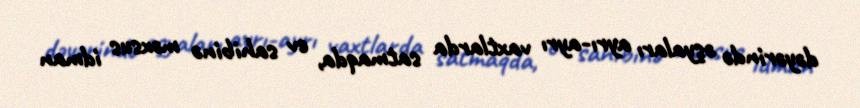
dəyərində əşyaları ayrı-ayrı vaxtlarda satmaqda, ev sahibinə məxsus idman